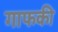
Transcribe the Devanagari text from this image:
गाफकी